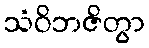
သံဝိဘဇိတွာ